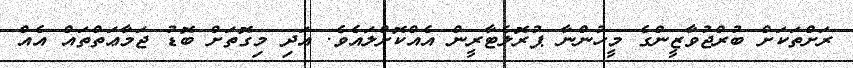
ރަށްތަކަށް ބުރްޖުވާޒީންގެ މީހުންނާ ޕުރޮލެޓާރީން އެއްކޮށްލައެވެ. އަދި މިގޮތަށް ބޮޑު ޖަމާޢަތްތައް އެއް